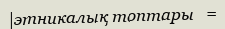
|этникалық топтары   =